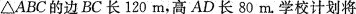
△ABC的边BC长120m，高AD长80m。学校计划将